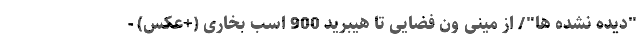
"دیده نشده ها"/ از مینی ون فضایی تا هیبرید 900 اسب بخاری (+عکس) -